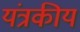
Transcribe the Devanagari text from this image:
यंत्रकीय